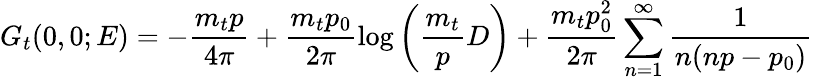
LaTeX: G_{t}(0,0;E)=-\frac{m_{t}p}{4\pi}+\frac{m_{t}p_{0}}{2\pi}\log\left(\frac{m_{t}}{p}D\right)+\frac{m_{t}p_{0}^{2}}{2\pi}\sum_{n=1}^{\infty}\frac{1}{n(np-p_{0})}